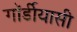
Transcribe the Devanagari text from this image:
गॉर्डीयासी